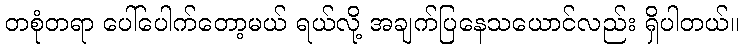
တစုံတရာ ပေါ်ပေါက်တော့မယ် ရယ်လို့ အချက်ပြနေသယောင်လည်း ရှိပါတယ်။